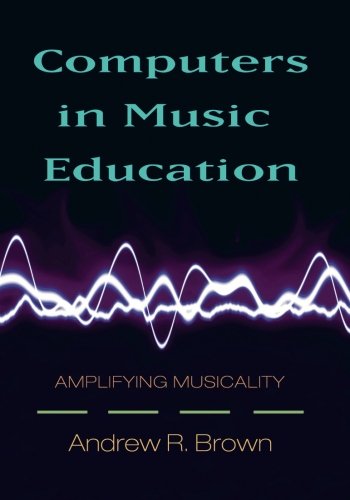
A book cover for Computers in Music Education: Amplifying Musicality; Andrew Brown; Computers & Technology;